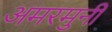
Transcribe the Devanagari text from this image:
अमरमुनी